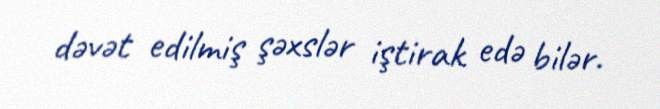
dəvət edilmiş şəxslər iştirak edə bilər.